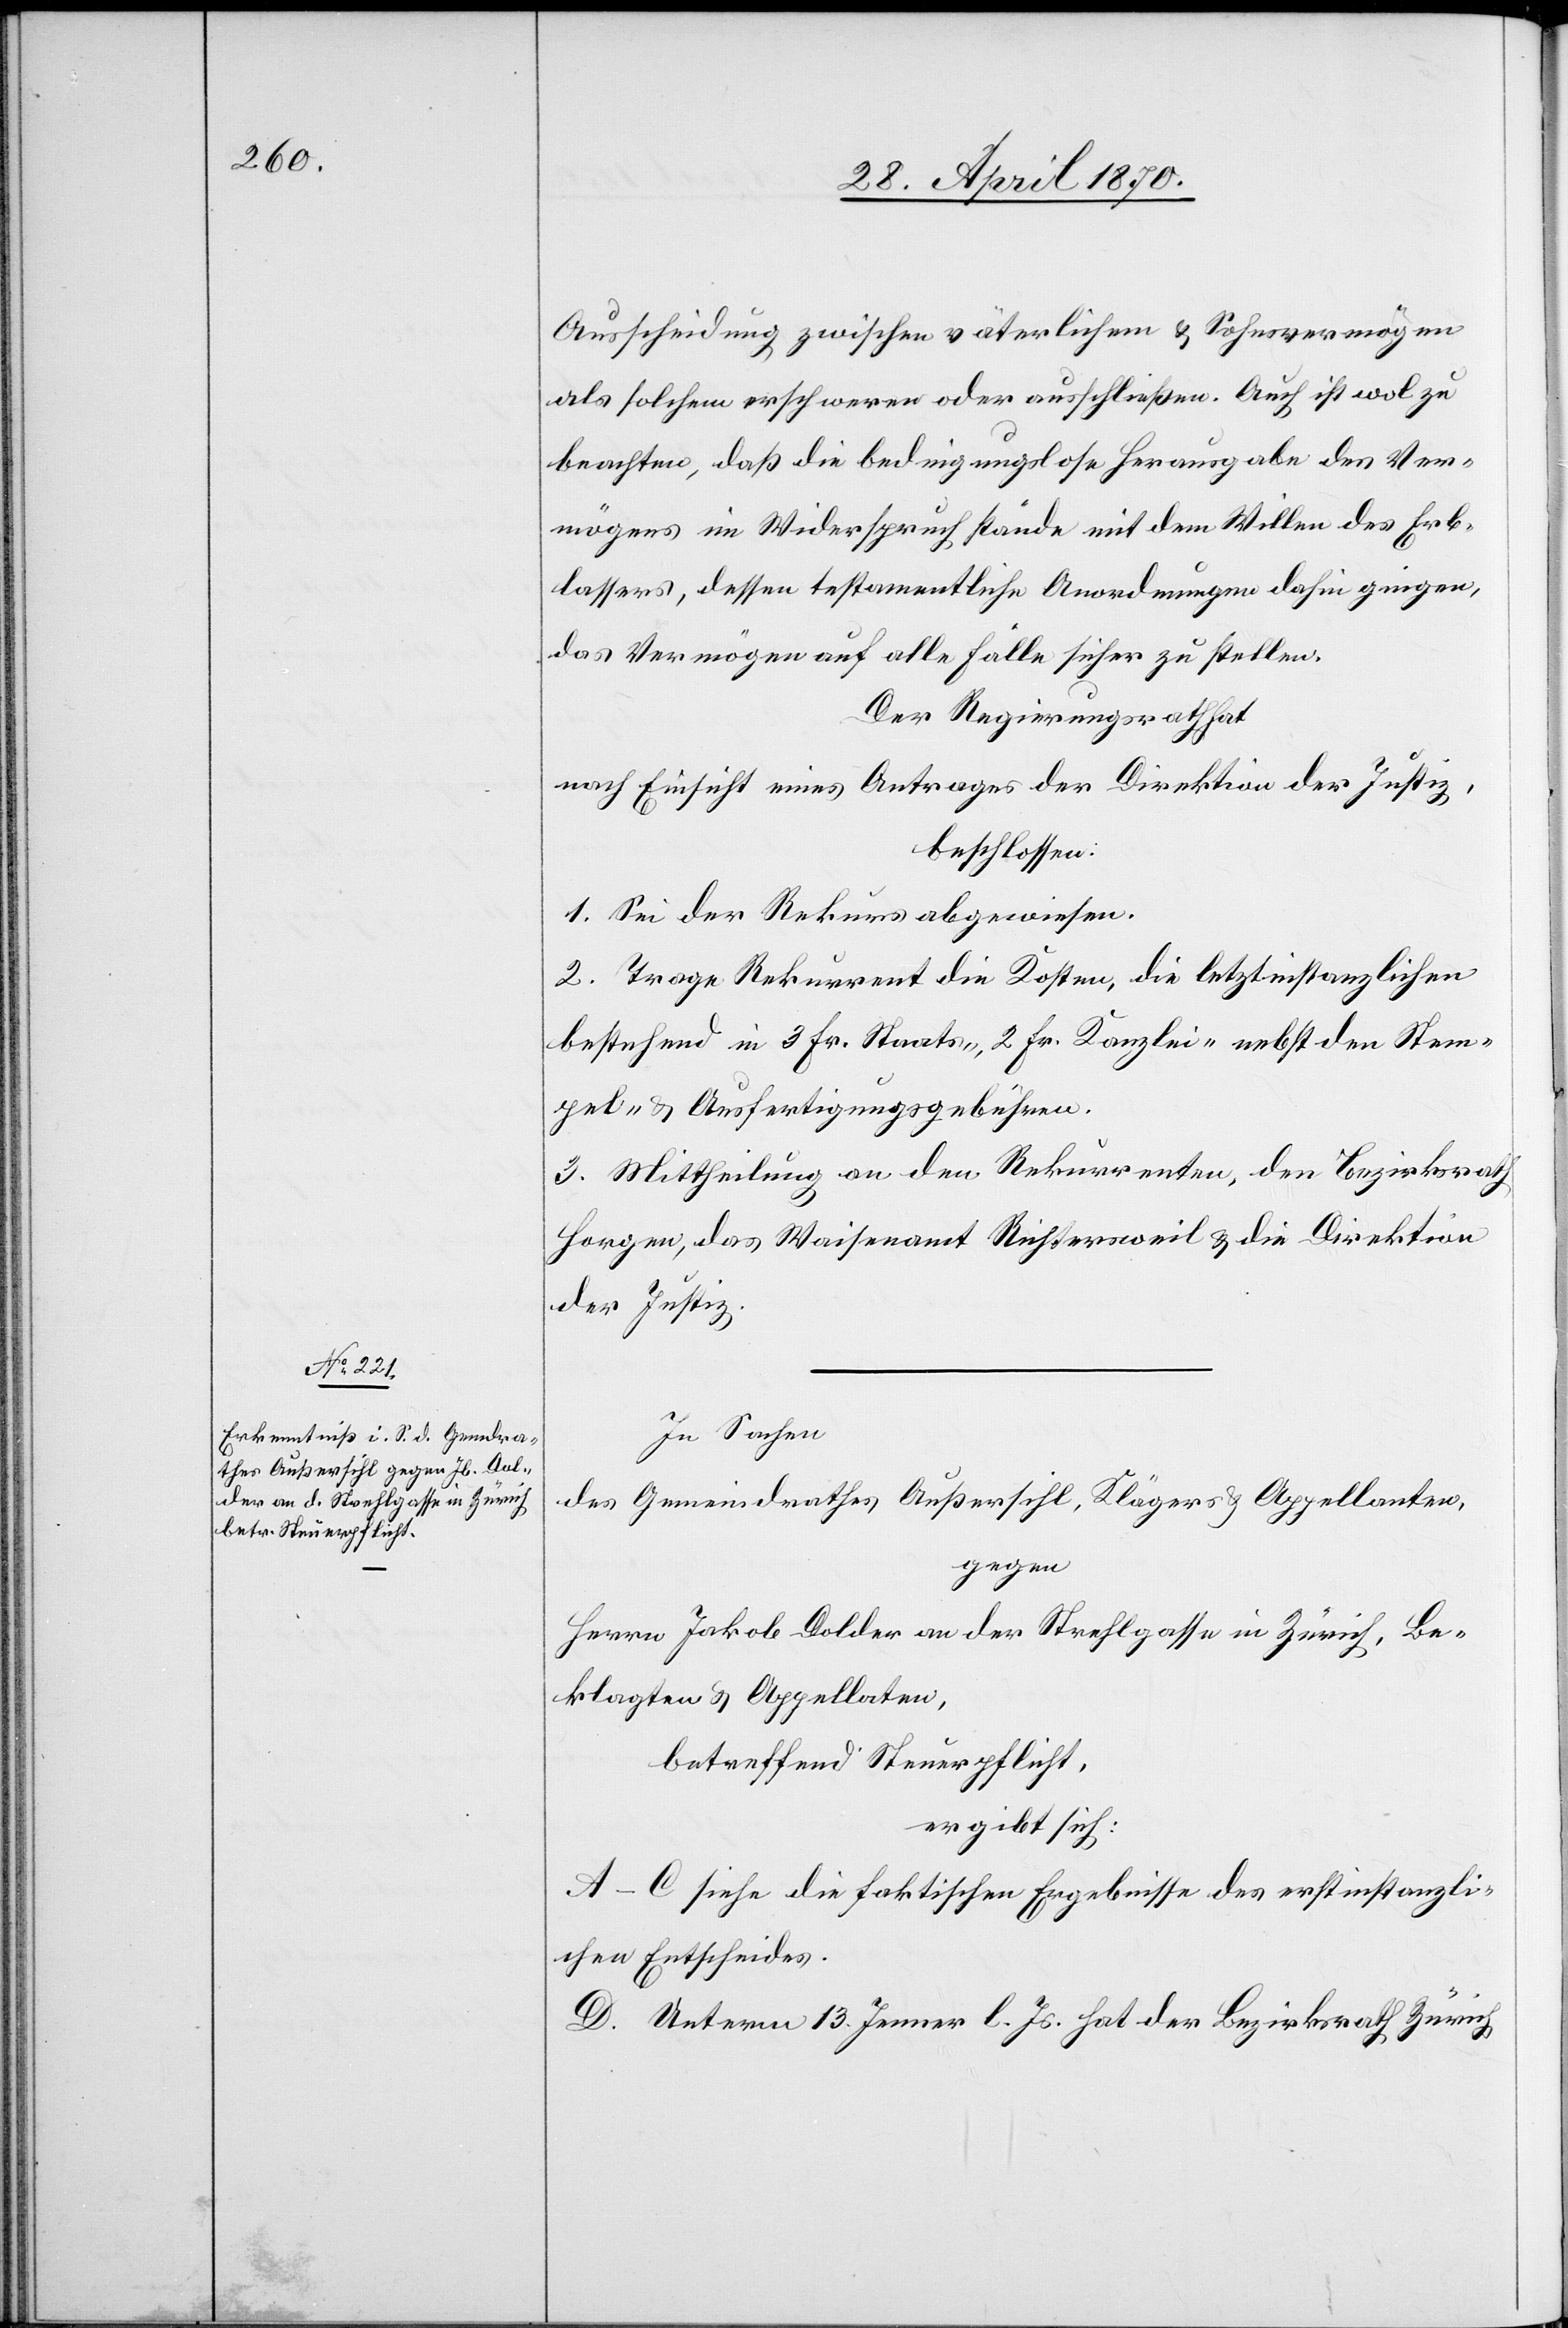
Ausscheidung zwischen väterlichem & Sohnsvermögen
als solchem erschweren oder ausschließen. Auch ist wol zu
beachten, daß die bedingungslose Herausgabe des Ver¬
mögens im Widerspruch stände mit dem Willen des Erb¬
lassers, dessen testamentliche Anordnungen dahin gingen,
das Vermögen auf alle Fälle sich zu stellen.
Der Regierungsrath hat
nach Einsicht eines Antrages der Direktion der Justiz,
beschlossen:
1. Sei der Rekurs abgewiesen.
2. Trage Rekurrent die Kosten, die letztinstanzlichen
bestehend in 3 Fr. Staats-, 2 Fr. Kanzlei- nebst den Stem¬
pel- & Ausfertigungsgebühren.
3. Mittheilung an den Rekurrenten, den Bezirksrath
Horgen, das Waisenamt Richtersweil & die Direktion
der Justiz.
In Sachen
des Gemeindrathes Außersihl, Klägers & Appellanten,
gegen
Herrn Jakob Dolder an der Strehlgasse in Zürich, Be¬
klagten & Appellaten,
betreffend Steuerpflicht,
ergibt sich:
A–C siehe die faktischen Ergebnisse des erstinstanzli¬
chen Entscheides.
D. Unterm 13. Jenner l. Js. hat der Bezirksrath Zürich